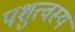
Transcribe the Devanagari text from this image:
पशुत्वस्य